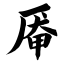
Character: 厣